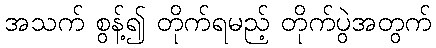
အသက် စွန့်၍ တိုက်ရမည့် တိုက်ပွဲအတွက်